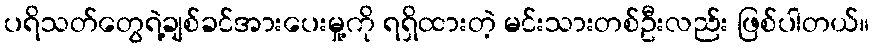
ပရိသတ်တွေရဲ့ချစ်ခင်အားပေးမှု့ကို ရရှိထားတဲ့ မင်းသားတစ်ဦးလည်း ဖြစ်ပါတယ်။